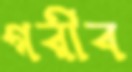
গরীব